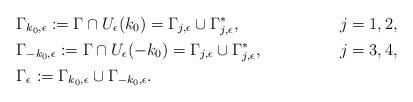
LaTeX: \begin{align*} &\Gamma_{k_0,\epsilon}:=\Gamma\cap U_{\epsilon}(k_0)=\Gamma_{j,\epsilon}\cup\Gamma_{j,\epsilon}^{*}, & j=1, 2, \\ &\Gamma_{-k_0,\epsilon}:=\Gamma\cap U_{\epsilon}(-k_0)=\Gamma_{j,\epsilon}\cup\Gamma_{j,\epsilon}^{*}, & j=3, 4, \\ &\Gamma_\epsilon:=\Gamma_{k_0,\epsilon}\cup\Gamma_{-k_0,\epsilon}.\end{align*}